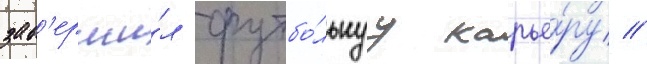
зав'ерши́л футбо́льнуу карье́ру //